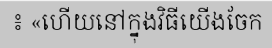
៖ «ហើយនៅក្នុងវិធីយើងចែក